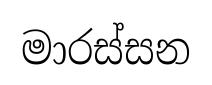
මාරස්සන